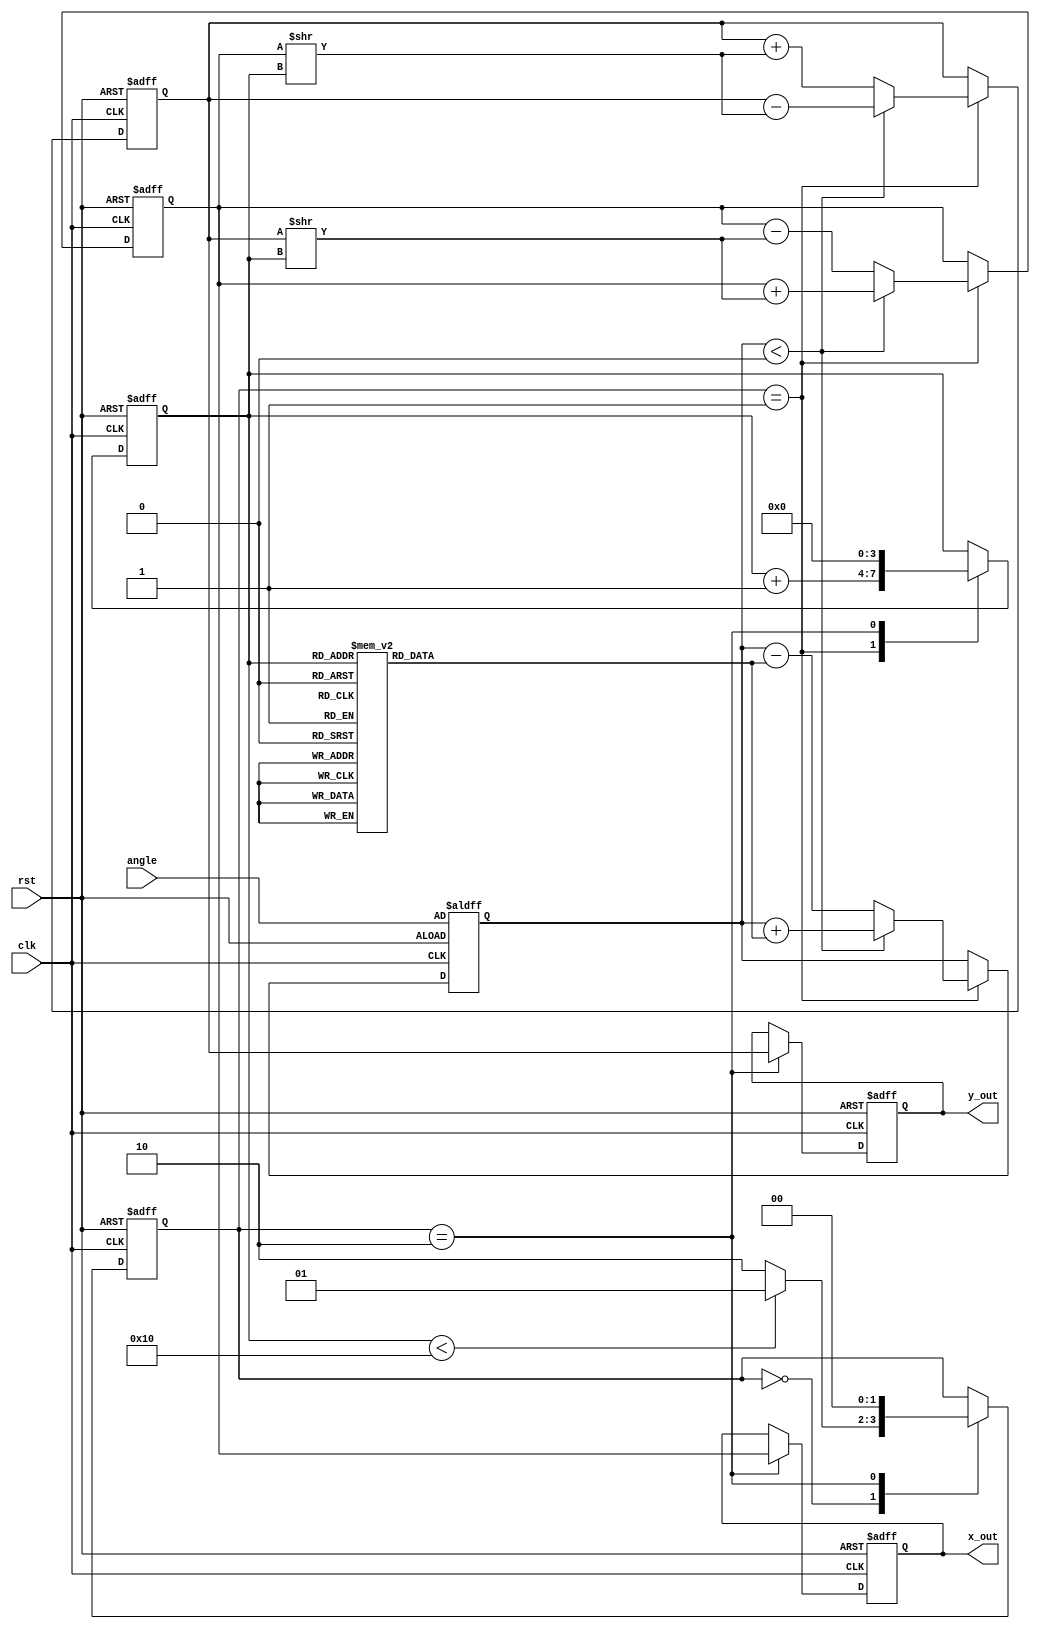
module cordic (
    input wire clk,
    input wire rst,
    input wire [15:0] angle, // Input angle in fixed-point format
    output reg [15:0] x_out,  // Output x (cosine)
    output reg [15:0] y_out   // Output y (sine)
);

    // Parameters
    parameter NUM_ITERATIONS = 16; // Number of iterations for CORDIC
    parameter FIXED_POINT_FRACTIONAL_BITS = 14; // Number of fractional bits

    // Internal signals
    reg [15:0] x; // x coordinate
    reg [15:0] y; // y coordinate
    reg [15:0] z; // Accumulated angle
    reg [15:0] angle_table [0:NUM_ITERATIONS-1]; // Angle lookup table
    reg [3:0] iteration; // Iteration counter
    reg [1:0] state; // State machine for control

    // State definitions
    localparam IDLE = 2'b00;
    localparam ROTATE = 2'b01;
    localparam DONE = 2'b10;

    // Initialize angle lookup table
    initial begin
        angle_table[0] = 16'h2000; // atan(2^0)
        angle_table[1] = 16'h1000; // atan(2^(-1))
        angle_table[2] = 16'h0800; // atan(2^(-2))
        angle_table[3] = 16'h0400; // atan(2^(-3))
        angle_table[4] = 16'h0200; // atan(2^(-4))
        angle_table[5] = 16'h0100; // atan(2^(-5))
        angle_table[6] = 16'h0080; // atan(2^(-6))
        angle_table[7] = 16'h0040; // atan(2^(-7))
        angle_table[8] = 16'h0020; // atan(2^(-8))
        angle_table[9] = 16'h0010; // atan(2^(-9))
        angle_table[10] = 16'h0008; // atan(2^(-10))
        angle_table[11] = 16'h0004; // atan(2^(-11))
        angle_table[12] = 16'h0002; // atan(2^(-12))
        angle_table[13] = 16'h0001; // atan(2^(-13))
        angle_table[14] = 16'h0000; // atan(2^(-14))
        angle_table[15] = 16'h0000; // atan(2^(-15))
    end

    // State machine and CORDIC computation
    always @(posedge clk or posedge rst) begin
        if (rst) begin
            x <= 16'h4000; // Initial x = 1.0 in fixed-point
            y <= 16'h0000; // Initial y = 0.0 in fixed-point
            z <= angle; // Load input angle
            iteration <= 0;
            state <= IDLE;
            x_out <= 0;
            y_out <= 0;
        end else begin
            case (state)
                IDLE: begin
                    if (iteration < NUM_ITERATIONS) begin
                        state <= ROTATE;
                    end else begin
                        state <= DONE;
                    end
                end

                ROTATE: begin
                    if (z < 0) begin
                        // Rotate clockwise
                        x <= x + (y >> iteration);
                        y <= y - (x >> iteration);
                        z <= z + angle_table[iteration];
                    end else begin
                        // Rotate counterclockwise
                        x <= x - (y >> iteration);
                        y <= y + (x >> iteration);
                        z <= z - angle_table[iteration];
                    end
                    iteration <= iteration + 1;
                end

                DONE: begin
                    x_out <= x; // Output x (cosine)
                    y_out <= y; // Output y (sine)
                    state <= IDLE; // Reset state
                    iteration <= 0; // Reset iteration
                end
            endcase
        end
    end

endmodule